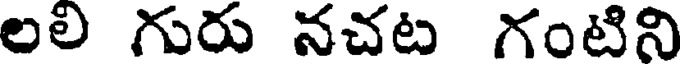
లలి గురు నచట గంటిని